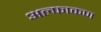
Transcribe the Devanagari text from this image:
अल्फाकण